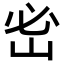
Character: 𡶇